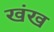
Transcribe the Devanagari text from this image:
खंख